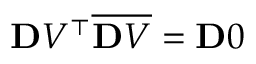
\ensuremath { \mathbf Ḋ V Ḍ } ^ { \top } \overline { { \mathbf Ḋ V Ḍ } } = \ensuremath { \mathbf Ḋ 0 Ḍ }